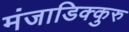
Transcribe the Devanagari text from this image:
मंजाडिक्कुरु